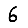
Digit: 6